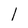
Character: 1